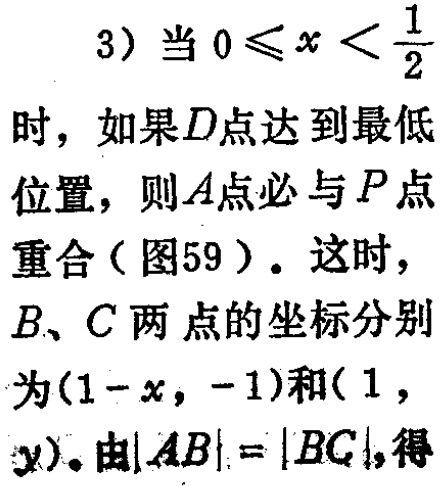
3）当\(0\leqslant x < \frac{1}{2}\)时，如果\(D\)点达到最低位置，则\(A\)点必与\(P\)点重合（图59）。这时，\(B、C\)两点的坐标分别为\((1 - x, - 1)\)和\((1,y)\)。由\(\vert AB\vert=\vert BC\vert\)，得